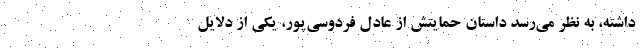
داشته، به نظر می‌رسد داستان حمایتش از عادل فردوسی‌پور، یکی از دلایل